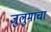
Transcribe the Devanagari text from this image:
जुलुमाचा